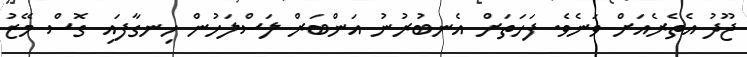
ޖޫދު އެތެރެއަށް ވަނެވެ. ފަހަތަށް އެނބުރުނު އަންބަރް ލަސްލަހުން ހިނގާފައި ގޮސް މޭޒު